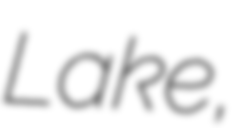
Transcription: Lake,